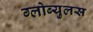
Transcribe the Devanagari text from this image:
ग्लोब्युलस